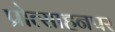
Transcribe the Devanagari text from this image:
प्रोत्साहनपर